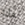
هذا